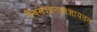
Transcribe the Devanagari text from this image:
नैवसंज्ञानासंज्ञायतन